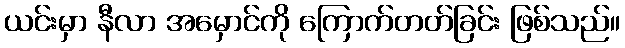
ယင်းမှာ နီလာ အမှောင်ကို ကြောက်တတ်ခြင်း ဖြစ်သည်။